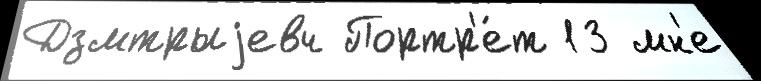
Дзмтрыjевч Портр'е́т 13 мн'е